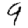
Digit: 9